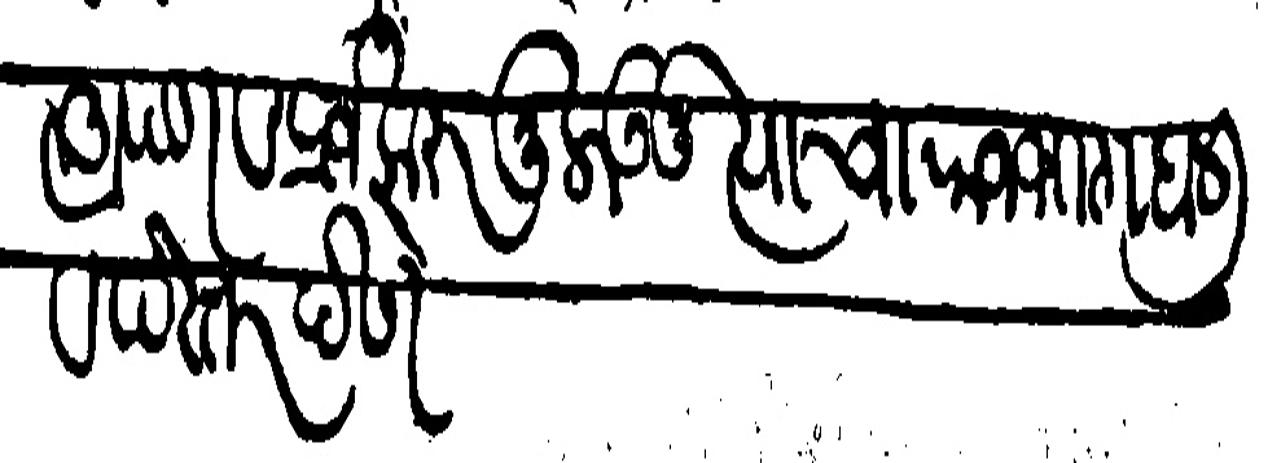
Transliteration (Devanagari): आपण व प्रजे करुनु लाऊनु त्याचा राजभाग हाली व पेस्तर देणे